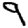
Digit: 9